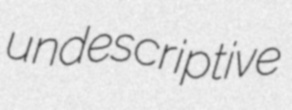
undescriptive